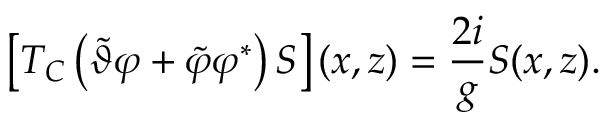
\left\lbrack T _ { C } \left( \tilde { \vartheta } \varphi + \tilde { \varphi } \varphi ^ { \ast } \right) S \right\rbrack ( x , z ) = \frac { 2 i } { g } S ( x , z ) .